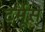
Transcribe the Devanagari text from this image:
टर्मूस्